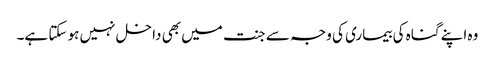
وہ اپنے گناہ کی بیماری کی وجہ سے جنت میں بھی داخل نہیں ہو سکتا ہے۔